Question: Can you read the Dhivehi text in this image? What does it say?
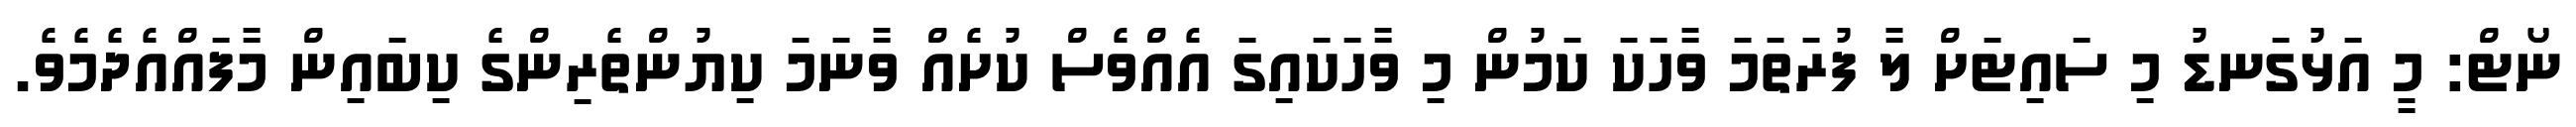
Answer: ނޯޓް: މީ އަޅުގަނޑު މި ސައިޓަށް ލާ ފުރަތަމަ ވާހަކަ ކަމުން މި ވާހަކައިގަ އެއްވެސް ކުށެއް ވާނަމަ ކިޔުންތެރިންގެ ކިބައިން މާފައްއެދެމެވެ.